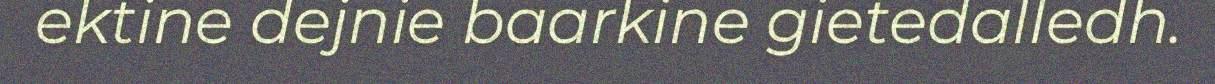
ektine dejnie baarkine gietedalledh.